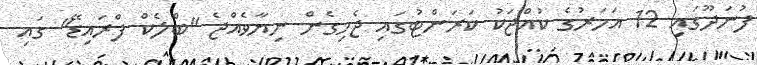
ފުނަދޫގައި 12 އަހަރުގެ ކުއްޖަކު ކަރަންޓުގައި ޖެހިގެން ނިޔާވެއްޖެ "ބްލެކް ފްރައިޑޭ" ގައި